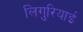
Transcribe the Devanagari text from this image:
लिगुरियाई